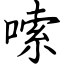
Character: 嗦